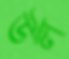
উল